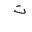
Letter: _ta